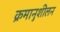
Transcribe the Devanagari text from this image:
क्रमानुशीलन